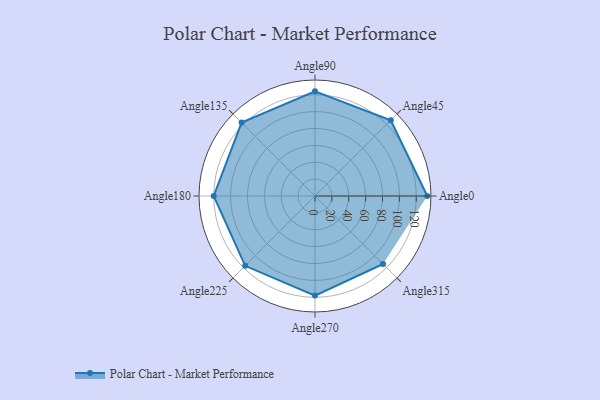
{"axis": {"x": "Angle", "y": "Radius"}, "legend": [""], "data": [{"x": "Angle0", "y": 133.0, "type": ""}, {"x": "Angle45", "y": 127.0, "type": ""}, {"x": "Angle90", "y": 124.0, "type": ""}, {"x": "Angle135", "y": 123.0, "type": ""}, {"x": "Angle180", "y": 120.0, "type": ""}, {"x": "Angle225", "y": 117.0, "type": ""}, {"x": "Angle270", "y": 118.0, "type": ""}, {"x": "Angle315", "y": 114.0, "type": ""}]}